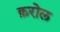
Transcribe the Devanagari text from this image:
क़रोल